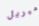
ميريل